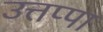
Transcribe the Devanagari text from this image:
उत्तप्पा